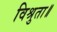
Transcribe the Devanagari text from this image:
विश्रुता॥